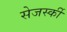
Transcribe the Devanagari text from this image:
सेजर्स्की